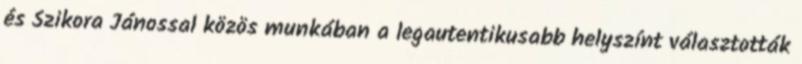
és Szikora Jánossal közös munkában a legautentikusabb helyszínt választották